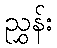
ညွှန်း